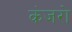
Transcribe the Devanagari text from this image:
कंजरो